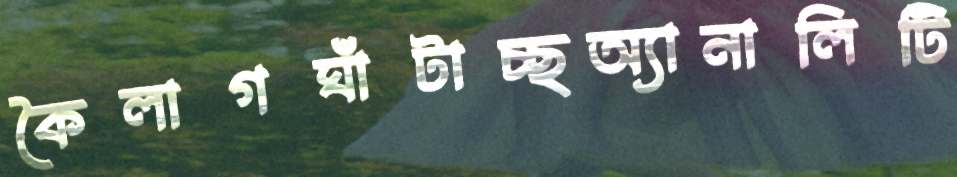
কৈলাগঘাঁটাচ্ছঅ্যানালিটি